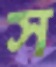
স